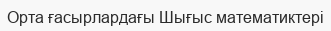
Орта ғасырлардағы Шығыс математиктері